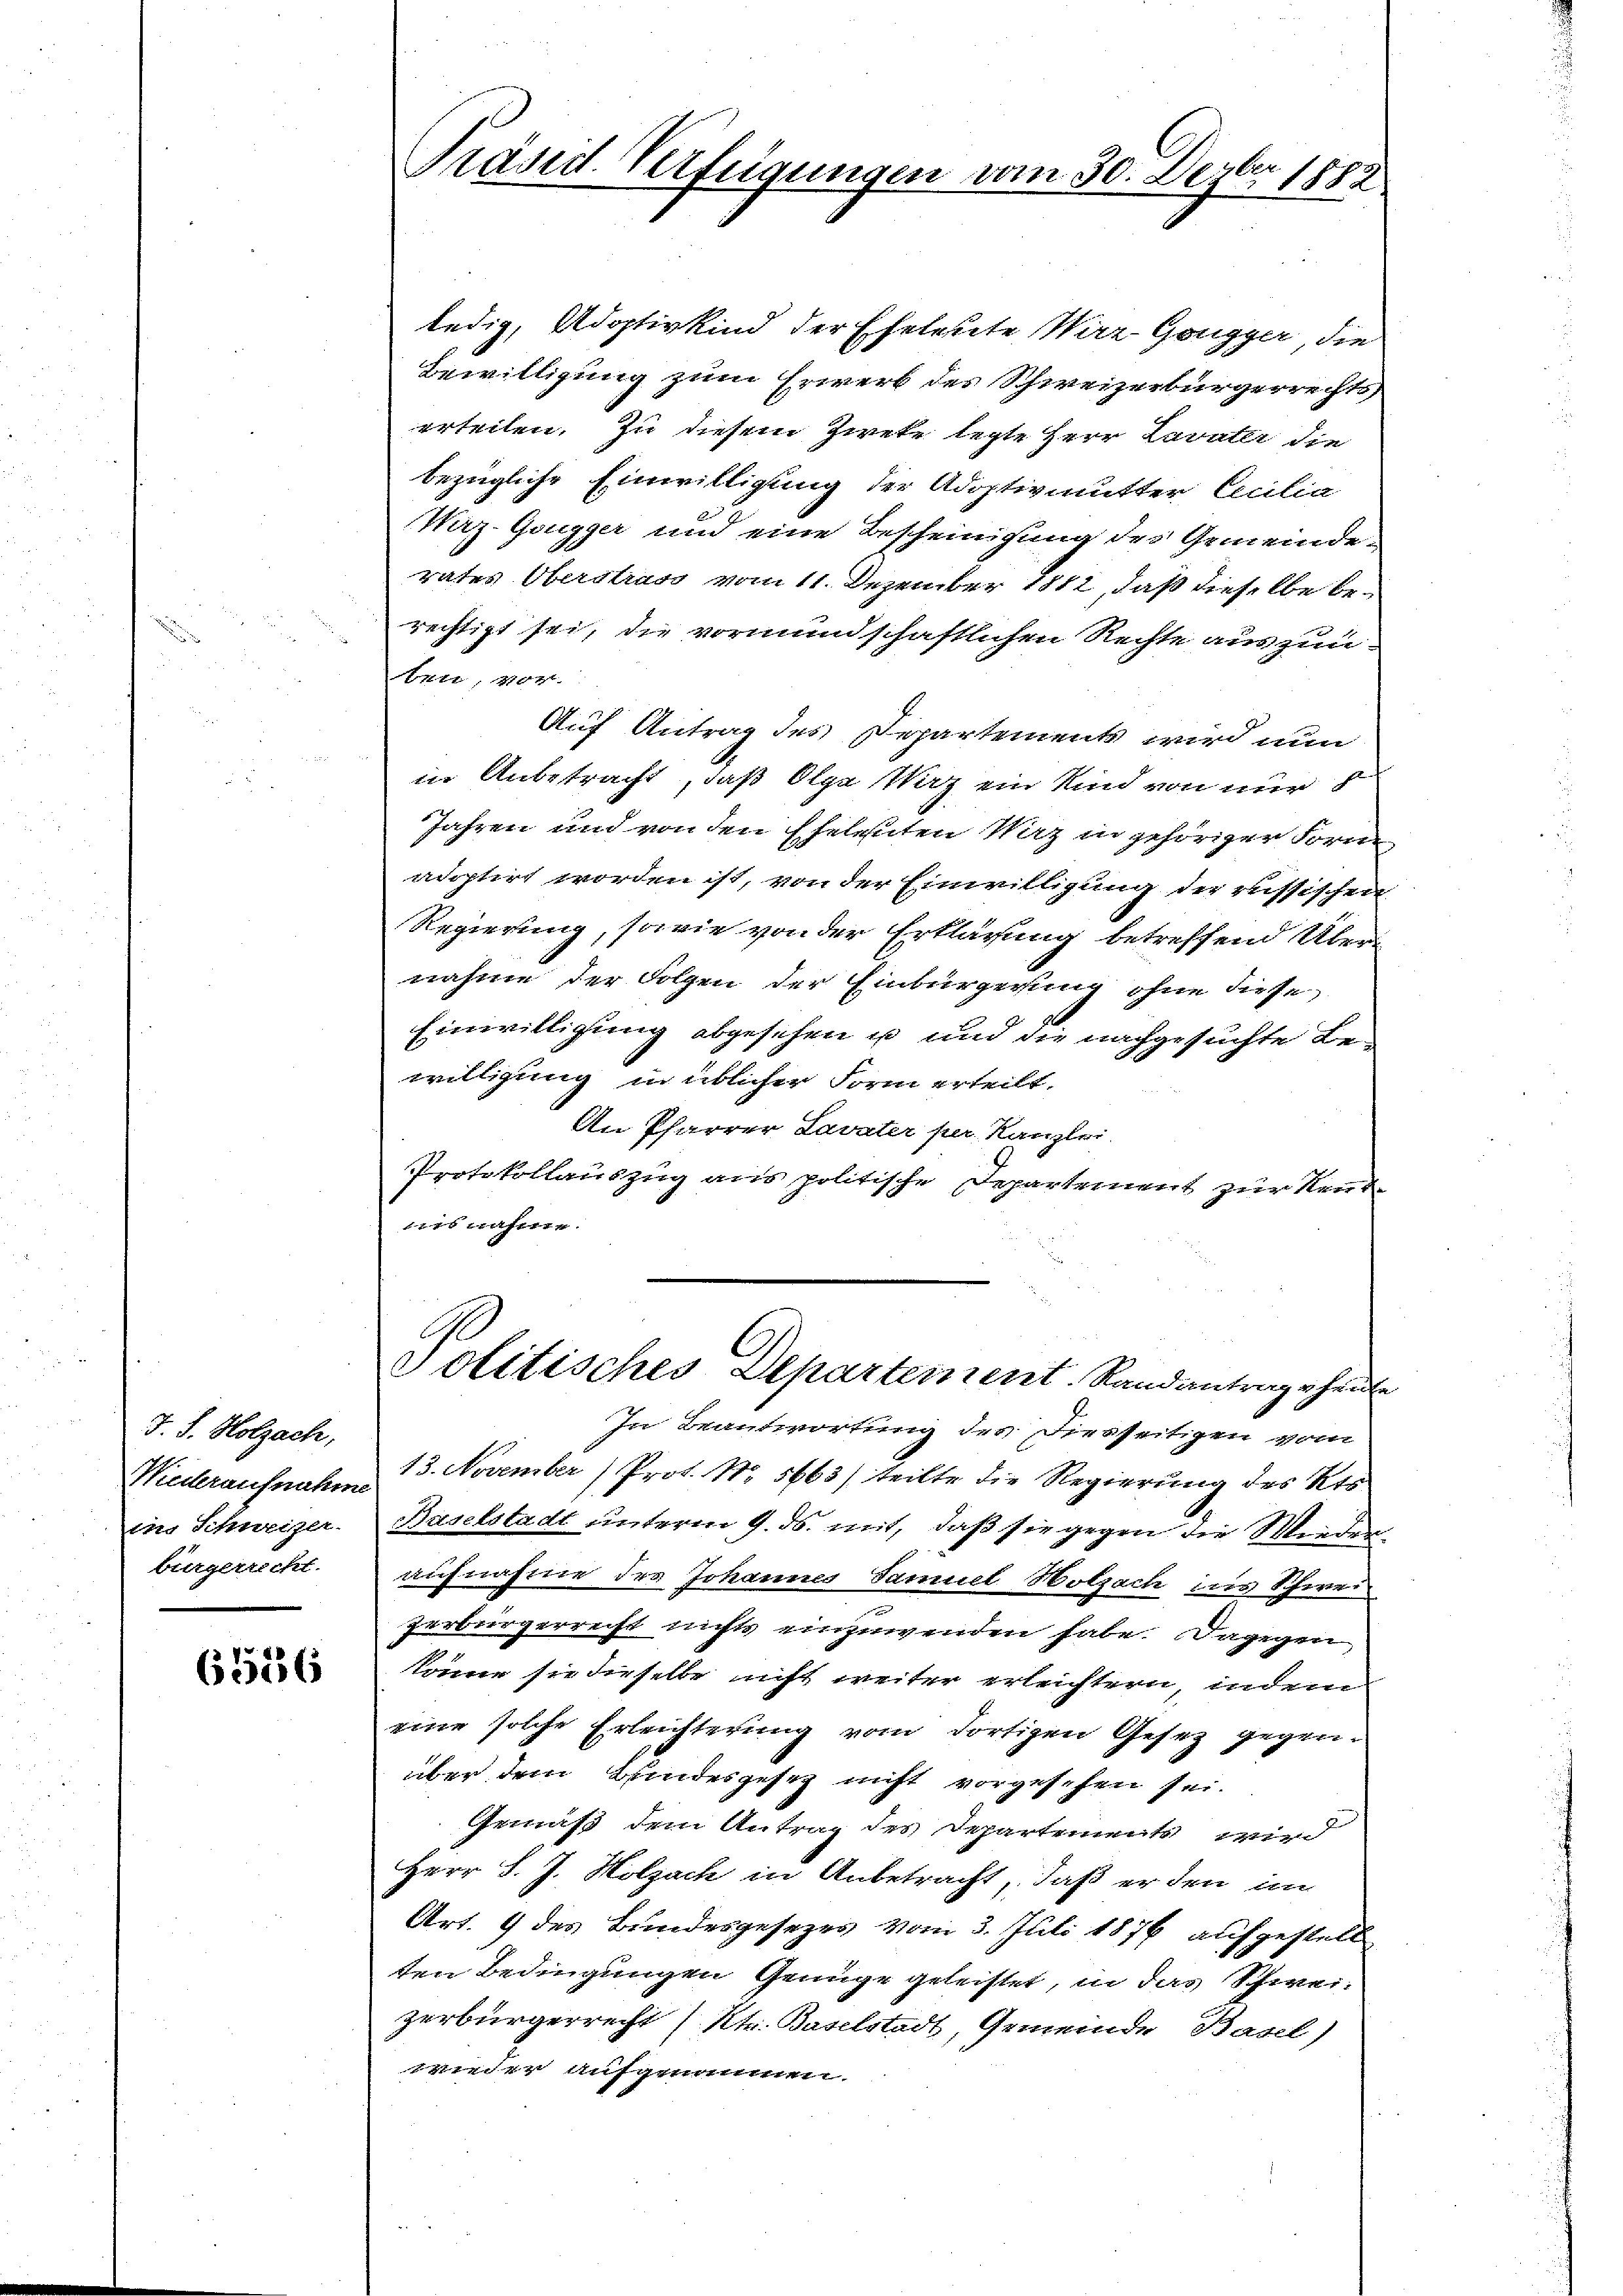
J. J. Holzach,
Niederaufnahme
ins Schweizer.
bürgerrecht.

6536

Präsid. Verfügungen vom 30. Dezbr. 1882.

ledig, Adoptivkind der Eheleute Wirz Gongger, die
Bewilligung zum Erwerb des Schweizerbürgerrechts,
erteilen. Zu diesem Zweke legte Herr Lavater die
bezügliche Einwilligung der Adoptivmutter Cecilia
Waz-Gongger und eine Bescheinigung des Gemeinde.
rates Oberstrass vom 11. Dezember 1812, daß dieselbe berechtigt sei, die vormundschaftlichen Rechte auszuü
.
ben, vor
Auf Antrag des Departements wird nun
in Anbetracht, daß Olga Wirz, ein Kind von nur f
Jahren und von den Eheleuten Wirz in gehöriger Forme
adoptirt worden ist, von der Einwilligung der Missischen
Regierung, sowie von der Erklärung betreffend Übernahme der Folgen der Einbürgerung ohne diese
Einwilligung abgesehen u und die nachgesuchte Be-
willigung in üblicher Form erteilt.
An Pfarrer Lavater per Kanzlei
Protokollauszug aus politische Departement zur Reut
isnahme.
Solitisches Departement. Randantrage heute
In Beantwortung des Diesseitigen vom
13. November (Prot. N. 5663) teilte die Regierung des Kts.
Baselstadt unterm 9. ds. mit, daß sie gegen die Wiederaufnahme der Johannes Samuel Holzach ins Schwei
zerbürgerrecht nichts einzuwenden habe. Dagegen
könne sie dieselbe nicht weiter erleichtern, indem
eine solche Erleichterung vom dortigen Gesez gegen.
über dem Bundesgesez nicht vorgesehen sei.
Gemäß dem Antrag des Departements wird
Herr J. J. Holzach in Anbetracht, daß er den im
Art. 9 des Bundesgesezes vom 3. Juli 1876 aufgestell
ten Bedingungen Genüge geleistet, in das Schwei-
zerbürgerrecht (ktr. Baselstadt, Gemeinde Basel,
wieder aufgenommen.